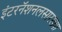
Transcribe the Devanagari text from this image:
इंटरनॅशनलसारख्या